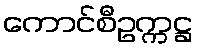
ကောင်စီဥက္ကဋ္ဌ